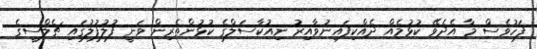
ފަހުވެސް މާ އެދެވޭ ކުޅުމެއް ދެއްކިފައިނުވާއިރު ނިއުކާސަލްގެ ކުޅުންތެރިން ވަނީ ފުލުފުލުގައި ޗެލްސީގެ